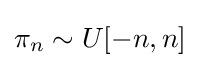
\pi _{n}\sim U[-n,n]\,\!